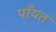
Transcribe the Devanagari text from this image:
पाँयत